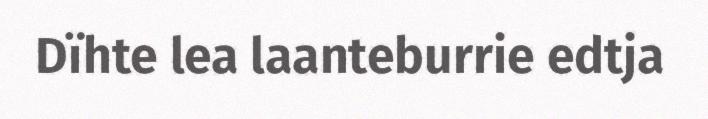
Dïhte lea laanteburrie edtja